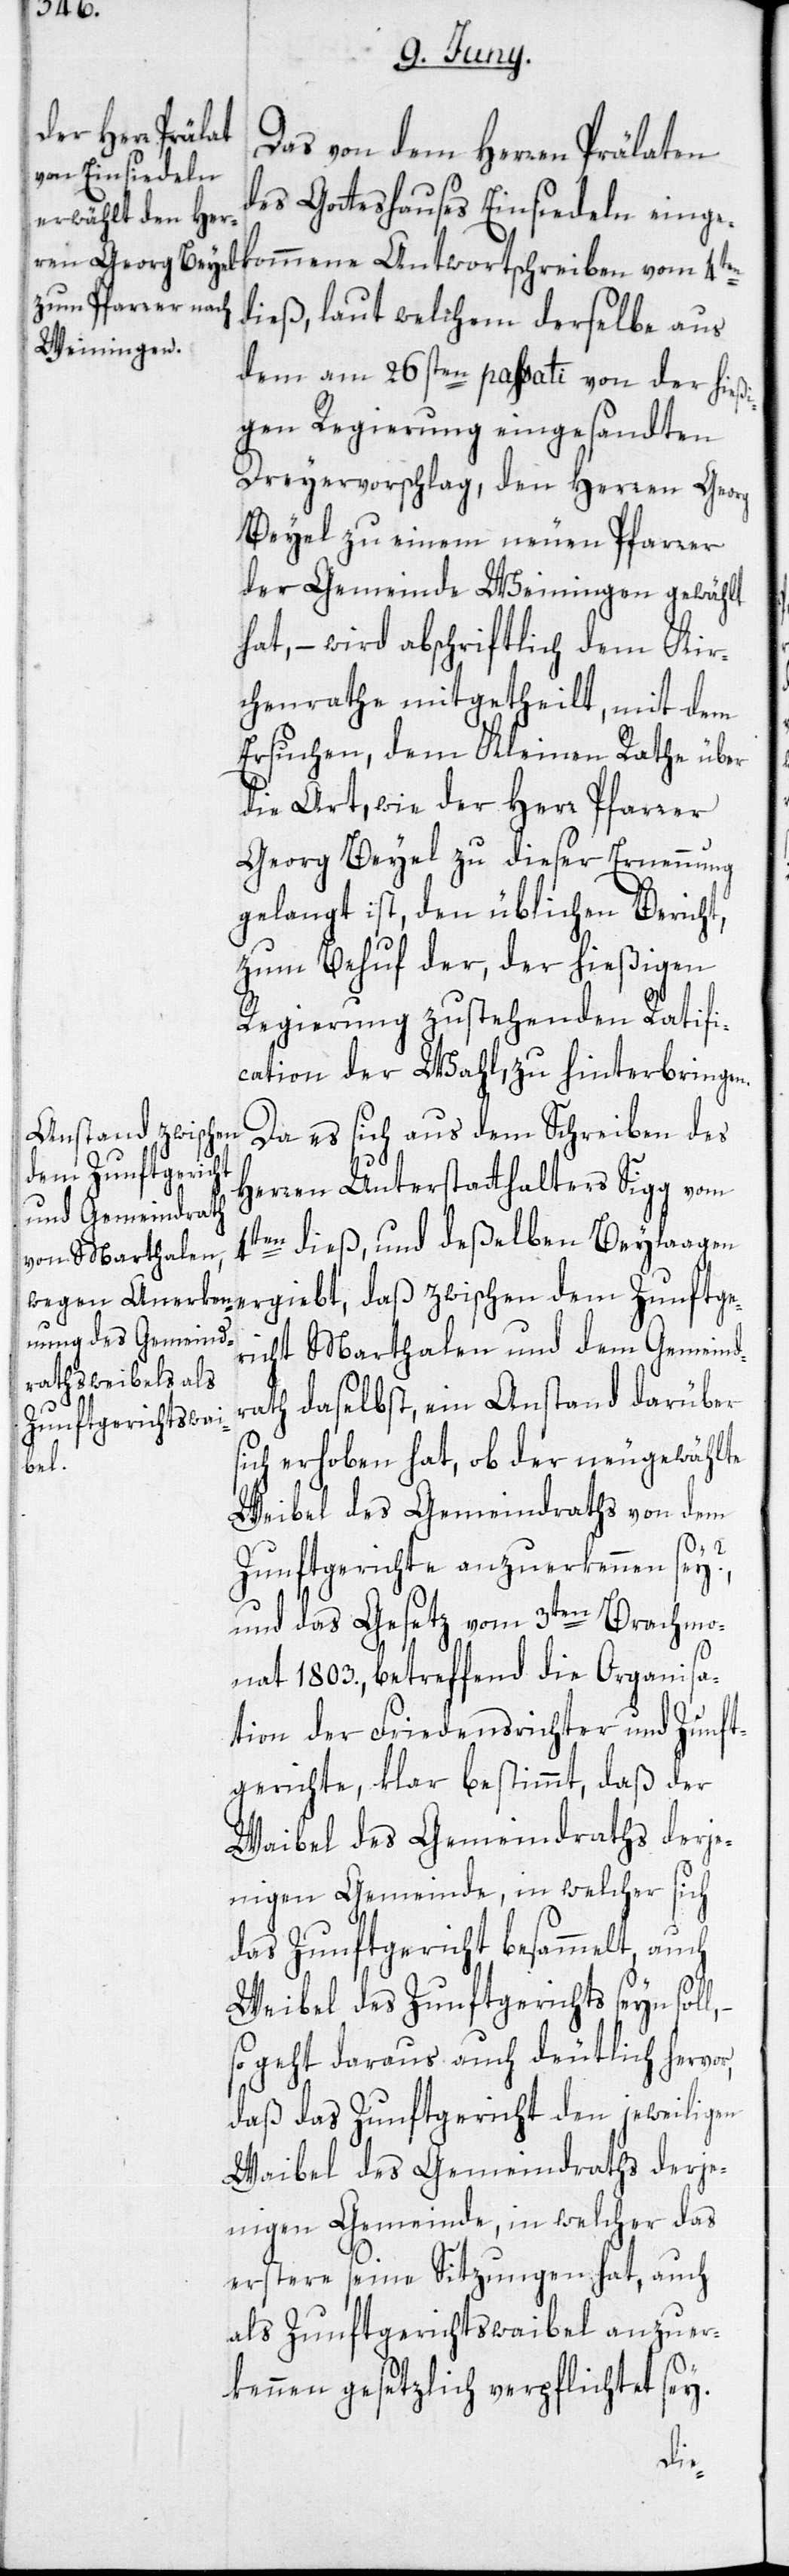
Das von dem Herren Prälaten
des Gotteshauses Einsiedeln einge¬
dieß, laut welchem derselbe aus
dem am 26sten passati von der hießi¬
gen Regierung eingesandten
Dreyervorschlag, den Herren Georg
Beyel zu einem neuen Pfarrer
der Gemeinde Weiningen gewählt
hat, – wird abschriftlich dem Kir¬
chenrathe mitgetheilt, mit dem
Ersuchen, dem Kleinen Rathe über
die Art, wie der Herr Pfarrer
Georg Beyel zu dieser Ernennung
gelangt ist, den üblichen Bericht,
zum Behuf der, der hießigen
Regierung zustehenden Ratifi¬
cation der Wahl, zu hinterbringen.
Da es sich aus dem Schreiben des
dem Zunftgeric¬
Herren Unterstatthalters Sigg vom
4ten dieß, und deßelben Beylaagen
ht Marthalen und dem Gemeind¬
rath daselbst, ein Anstand darüber
sich erhoben hat, ob der neugewählte
Weibel des Gemeindraths von dem
Zunftgerichte anzuerkennen sey?,
und das Gesetz vom 3ten Brachmo¬
nat 1803., betreffend die Organisa¬
tion der Friedensrichter und Zunft¬
gerichte, klar bestimmt, daß der
Weibel des Gemeindraths derje¬
nigen Gemeinde, in welcher sich
das Zunftgericht besammelt, auch
Weibel des Zunftgerichts seyn soll,
so geht daraus auch deutlich hervor,
4ten
daß das Zunftgericht den jeweiligen
Weibel des Gemeindraths derje¬
nigen Gemeinde, in welcher das
erstere seine Sitzungen hat, auch
als Zunftgerichtswaibel anzuer¬
kennen gesetzlich verpflichtet sey.
mene